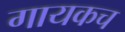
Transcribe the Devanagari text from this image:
गायकच